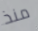
منذ